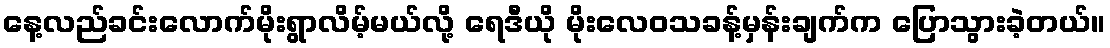
နေ့လည်ခင်းလောက်မိုးရွာလိမ့်မယ်လို့ ရေဒီယို မိုးလေဝသခန့်မှန်းချက်က ပြောသွားခဲ့တယ်။